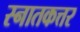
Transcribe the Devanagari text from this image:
स्नातकत्तर